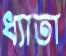
ধ্যাতা